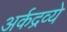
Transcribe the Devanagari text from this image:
अर्कद्रव्ये